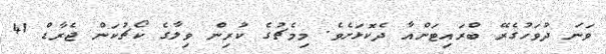
ވަނަ ދުވަހުގެރޭ ބްރައިޓަންއާ ދެކޮޅަށެވެ. މިމެޗުގެ ކުރިން ވިލާގެ ކޯޗުކަން ޖެރާޑް 41